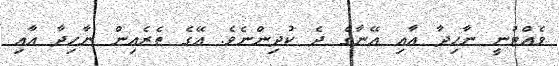
ވެއްޓުނީ ނާހިދާ އާއި އޭނާގެ ދެ ކުދިންނެވެ. އޭގެ ތެރެއިން ނާހިދާ އާއި